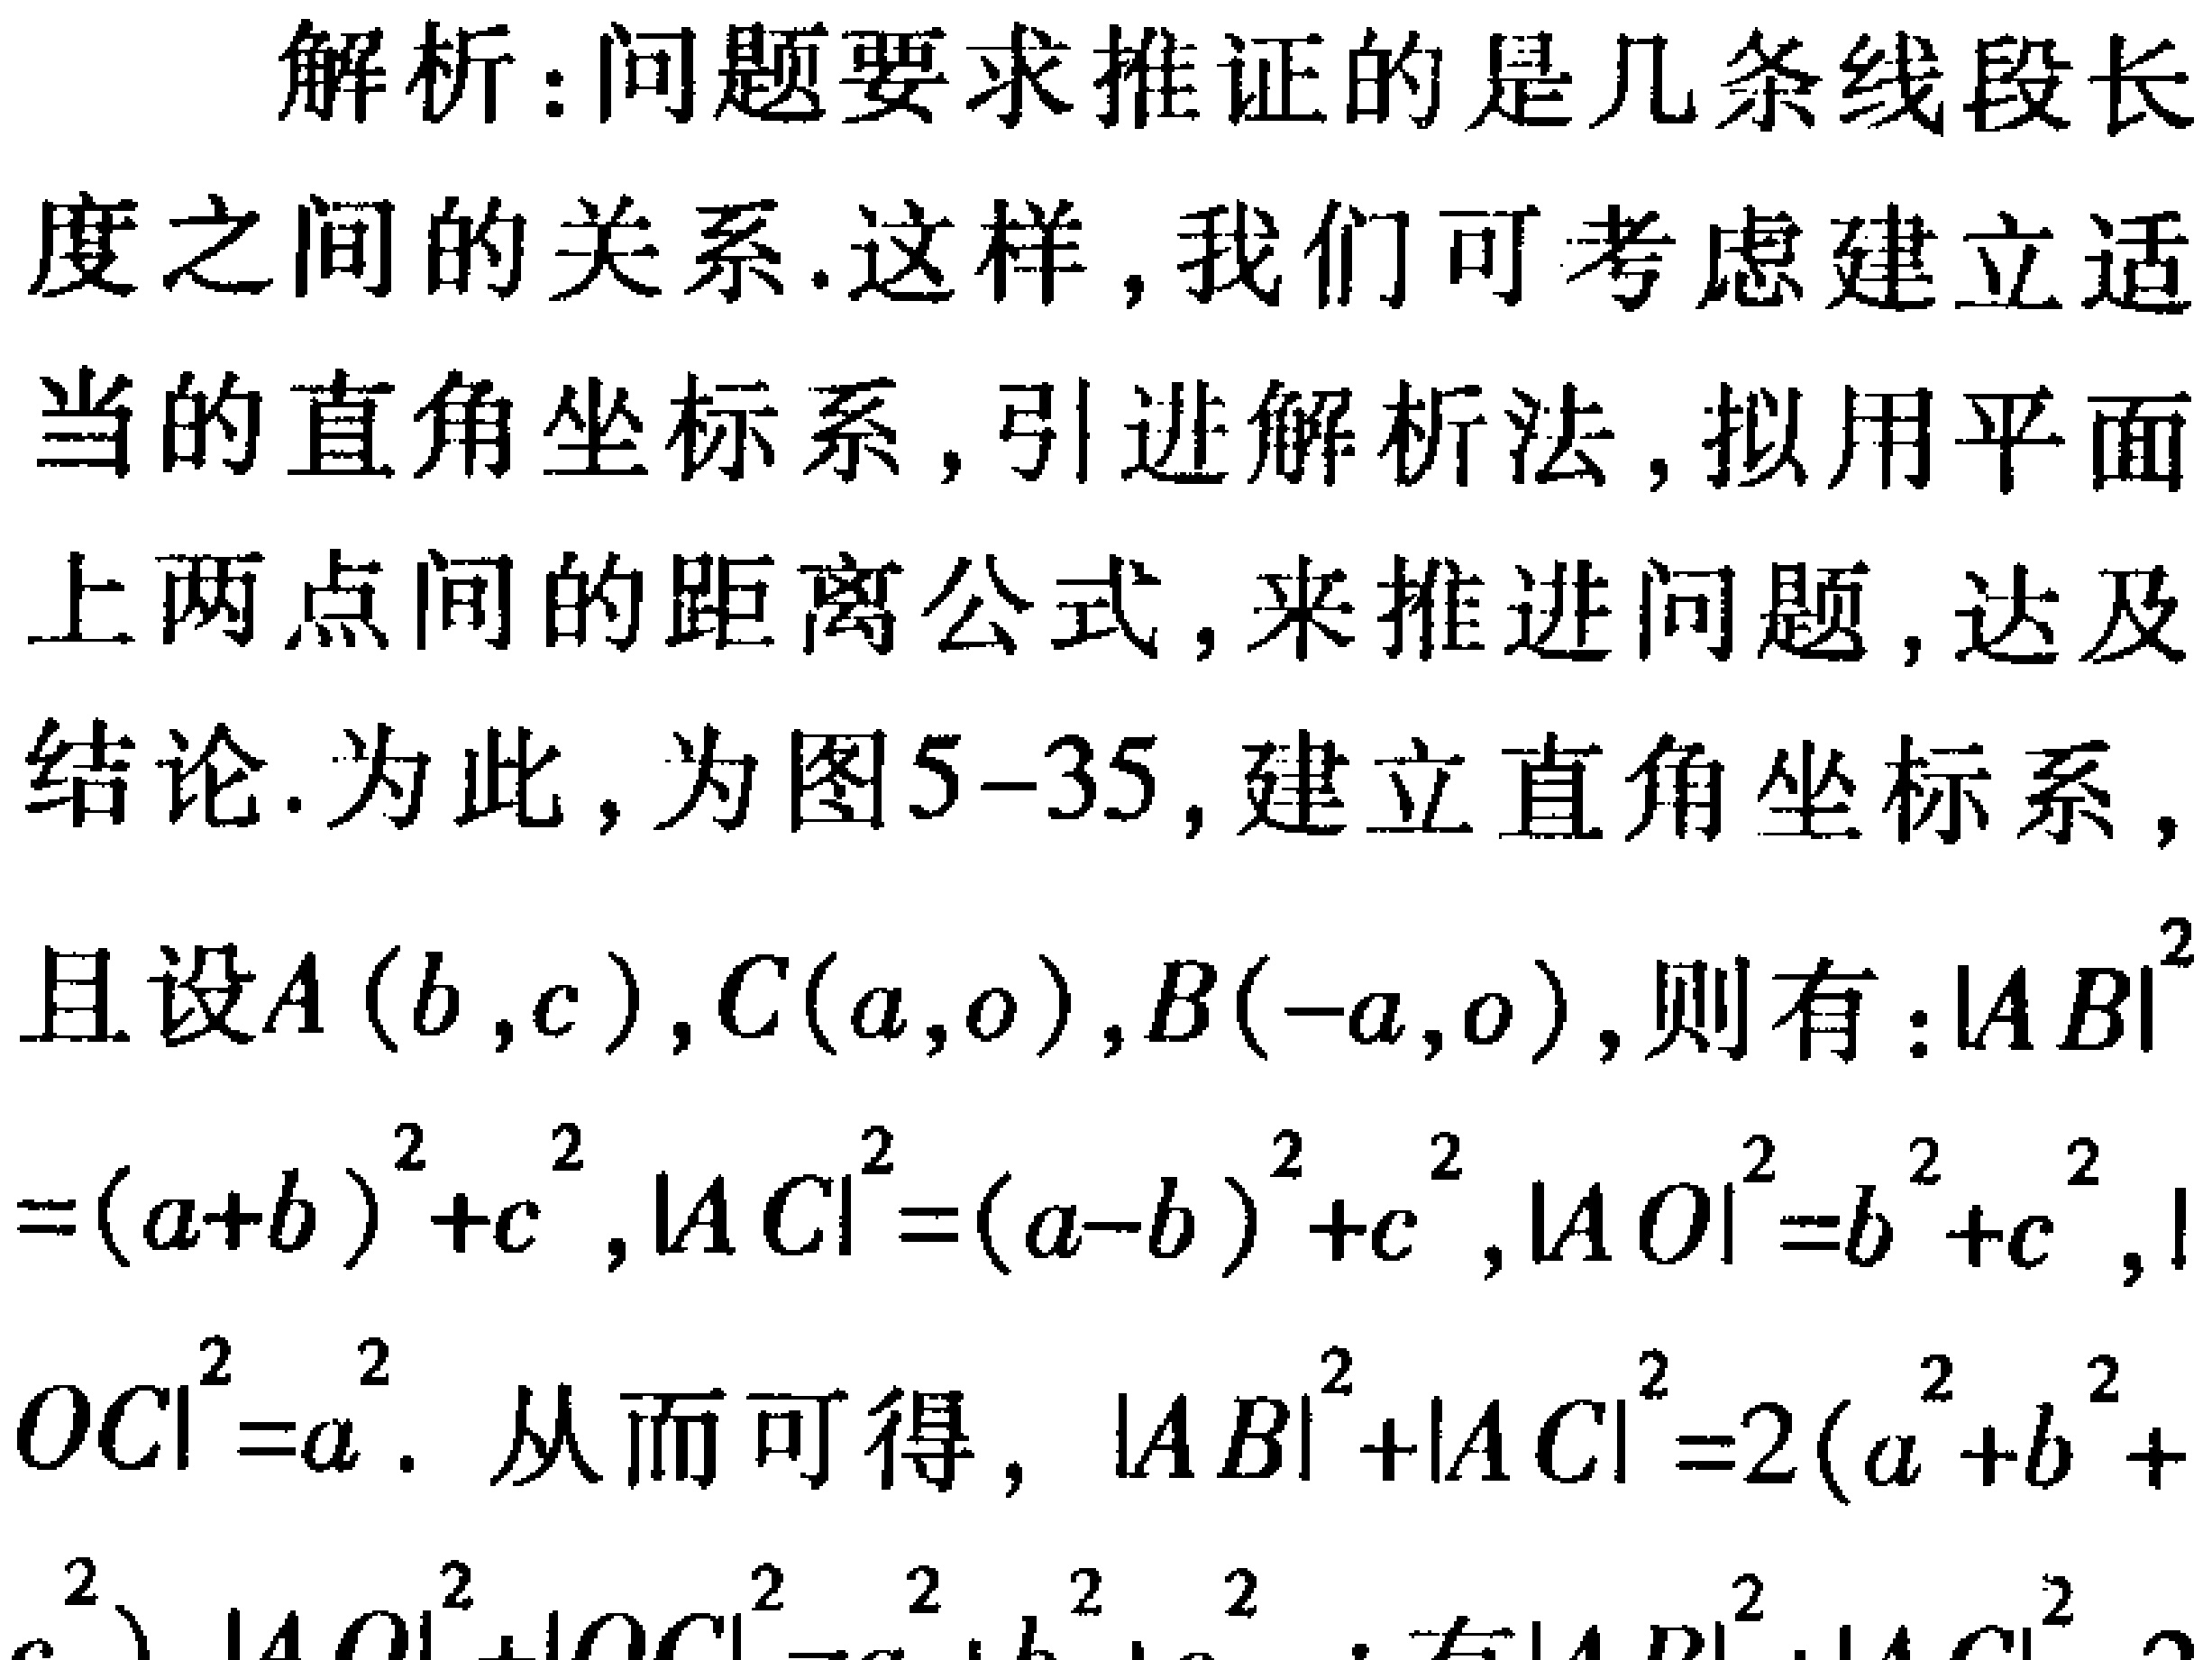
解析：问题要求推证的是几条线段长度之间的关系.这样,我们可考虑建立适当的直角坐标系,引进解析法,拟用平面上两点间的距离公式,来推进问题,达及结论.为此,为图5-35,建立直角坐标系,且设\(A(b,c),C(a,0),B(-a,0)\),则有：\(\vert AB\vert^{2}=(a + b)^{2}+c^{2},\vert AC\vert^{2}=(a - b)^{2}+c^{2},\vert AO\vert^{2}=b^{2}+c^{2},\vert OC\vert^{2}=a^{2}\). 从而可得，\(\vert AB\vert^{2}+\vert AC\vert^{2}=2(a^{2}+b^{2}+c^{2})\)，\(\vert AO\vert^{2}+\vert OC\vert^{2}=a^{2}+b^{2}+c^{2}\)；有\(\vert AB\vert^{2}+\vert AC\vert^{2}=2(\vert AO\vert^{2}+\vert OC\vert^{2})\) 。